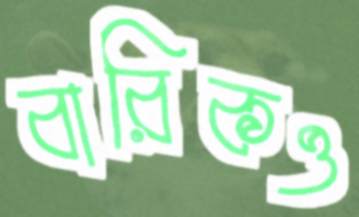
বারিকও